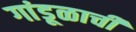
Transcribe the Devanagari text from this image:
गांडूळाची